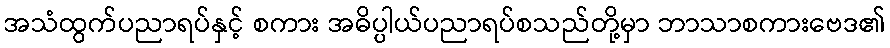
အသံထွက်ပညာရပ်နှင့် စကား အဓိပ္ပါယ်ပညာရပ်စသည်တို့မှာ ဘာသာစကားဗေဒ၏